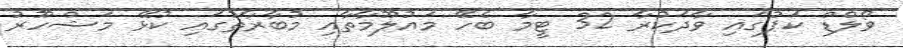
ވޯލްޑް ކަޕުގައި ވާދަކުރާ 32 ޓީމާ ބެހޭ މައުލޫމާތާއި މުބާރާތުގައި ކުޅޭ މަޝްހޫރު